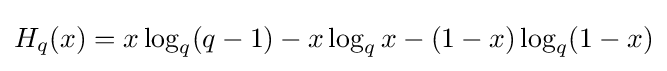
H_{q}(x)=x\log _{q}(q-1)-x\log _{q}x-(1-x)\log _{q}(1-x)